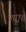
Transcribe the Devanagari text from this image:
गए॥